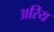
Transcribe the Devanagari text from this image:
अरिय